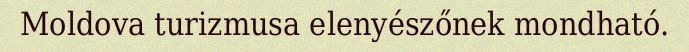
Moldova turizmusa elenyészőnek mondható.